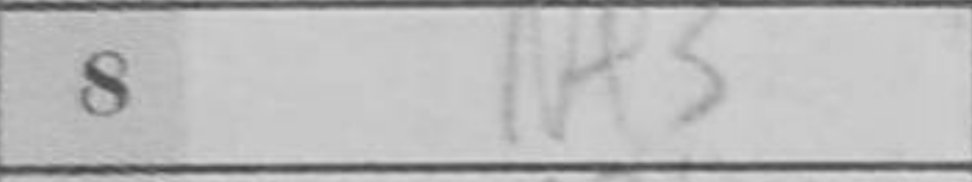
Transcription: Nf3